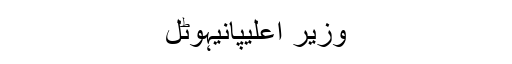
وزیر اعلیٰپانیہوٹل